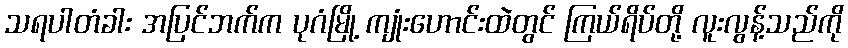
သရပါတံခါး အပြင်ဘက်က ပုဂံမြို့ ကျုံးဟောင်းထဲတွင် ကြယ်ရိပ်တို့ လူးလွန့်သည်ကို